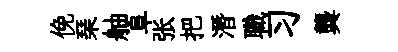
俛琹舳阜张把潛職习龔